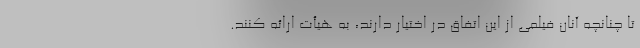
تا چنانچه آنان فیلمی از این اتفاق در اختیار دارند، به هیأت ارائه کنند.